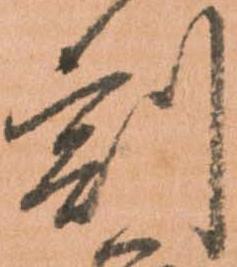
割